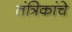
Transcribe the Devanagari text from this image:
तंत्रिकांचे